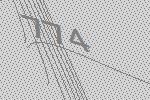
774